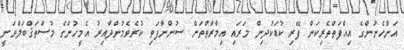
އަންހެނުންގެ އިއްފަތްތެރިކަން ފޭރި ކުޑަކުދިން މަރައި އިމާރާތްތަށް ސުންނާފަތި ކުރެވެމުންދާއިރު އެމީހުންގެ މުސްތަޤްބަލްވަނީ